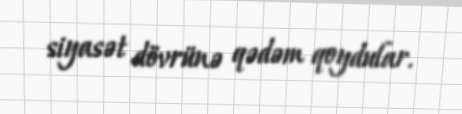
siyasət dövrünə qədəm qoydular.